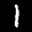
Label: 1